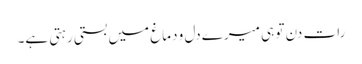
رات دن تو ہی میرے دل و دماغ میں بستی رہتی ہے۔